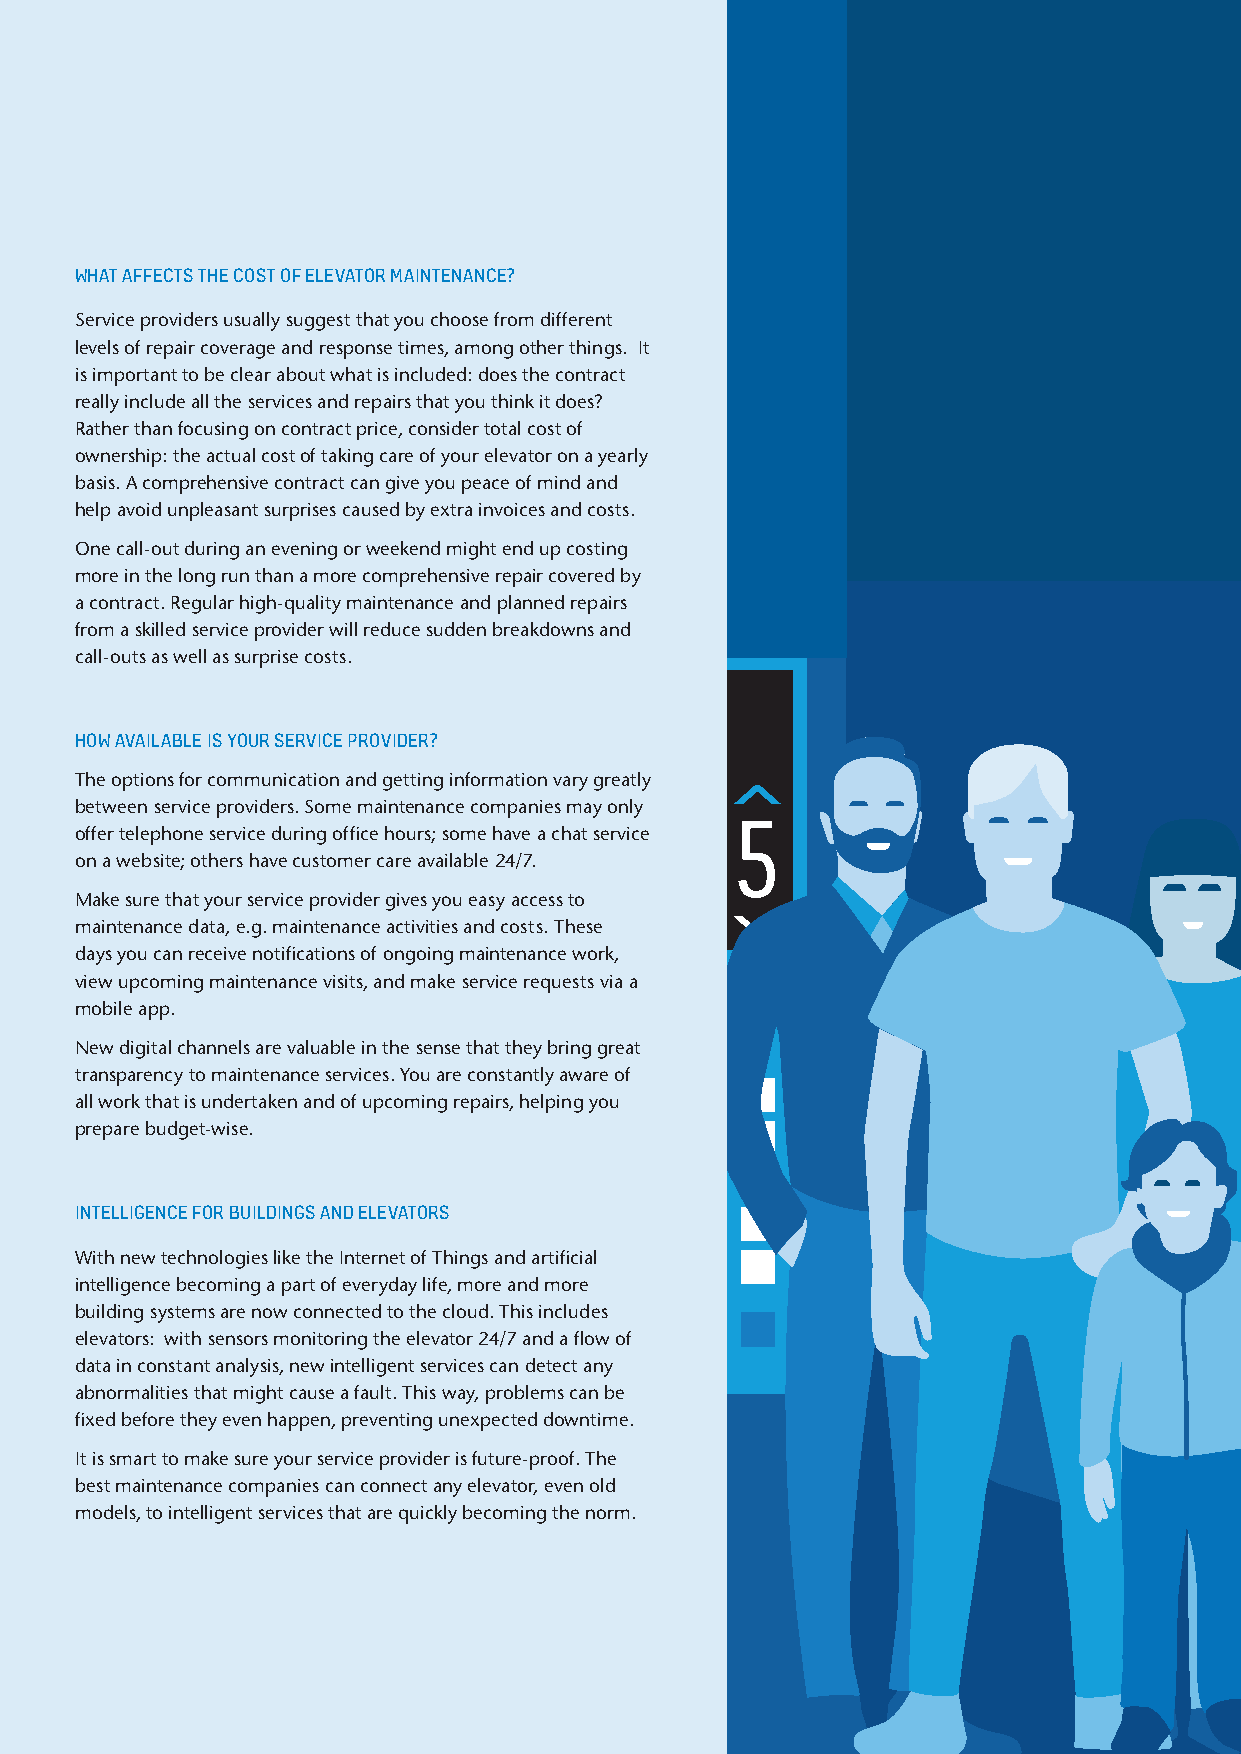
WHAT AFFECTS THE COST OF ELEVATOR MAINTENANCE?
 Service providers usually suggest that you choose from different
 levels of repair coverage and response times, among other things. It
 is important to be clear about what is included: does the contract
 really include all the services and repairs that you think it does?
 Rather than focusing on contract price, consider total cost of
 ownership: the actual cost of taking care of your elevator on a yearly
 basis. A comprehensive contract can give you peace of mind and
 help avoid unpleasant surprises caused by extra invoices and costs.
 One call-out during an evening or weekend might end up costing
 more in the long run than a more comprehensive repair covered by
 a contract. Regular high-quality maintenance and planned repairs
 from a skilled service provider will reduce sudden breakdowns and
 call-outs as well as surprise costs.
 HOW AVAILABLE IS YOUR SERVICE PROVIDER?
 The options for communication and getting information vary greatly
 between service providers. Some maintenance companies may only
 offer telephone service during office hours; some have a chat service
 on a website; others have customer care available 24/7.
 Make sure that your service provider gives you easy access to
 maintenance data, e.g. maintenance activities and costs. These
 days you can receive notifications of ongoing maintenance work,
 view upcoming maintenance visits, and make service requests via a
 mobile app.
 New digital channels are valuable in the sense that they bring great
 transparency to maintenance services. You are constantly aware of
 all work that is undertaken and of upcoming repairs, helping you
 prepare budget-wise.
 INTELLIGENCE FOR BUILDINGS AND ELEVATORS
 With new technologies like the Internet of Things and artificial
 intelligence becoming a part of everyday life, more and more
 building systems are now connected to the cloud. This includes
 elevators: with sensors monitoring the elevator 24/7 and a flow of
 data in constant analysis, new intelligent services can detect any
 abnormalities that might cause a fault. This way, problems can be
 fixed before they even happen, preventing unexpected downtime.
 It is smart to make sure your service provider is future-proof. The
 best maintenance companies can connect any elevator, even old
 models, to intelligent services that are quickly becoming the norm.
 3